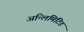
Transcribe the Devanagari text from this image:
अन्लिमिटिड